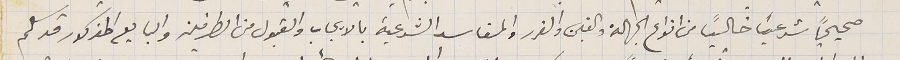
صحيحاً شرعياً خالياً من انواع الجهالة والغبن والغرر والمفاسد الشرعية بالايجاب والقبول من الطرفين والبايع المذكور قد سلم